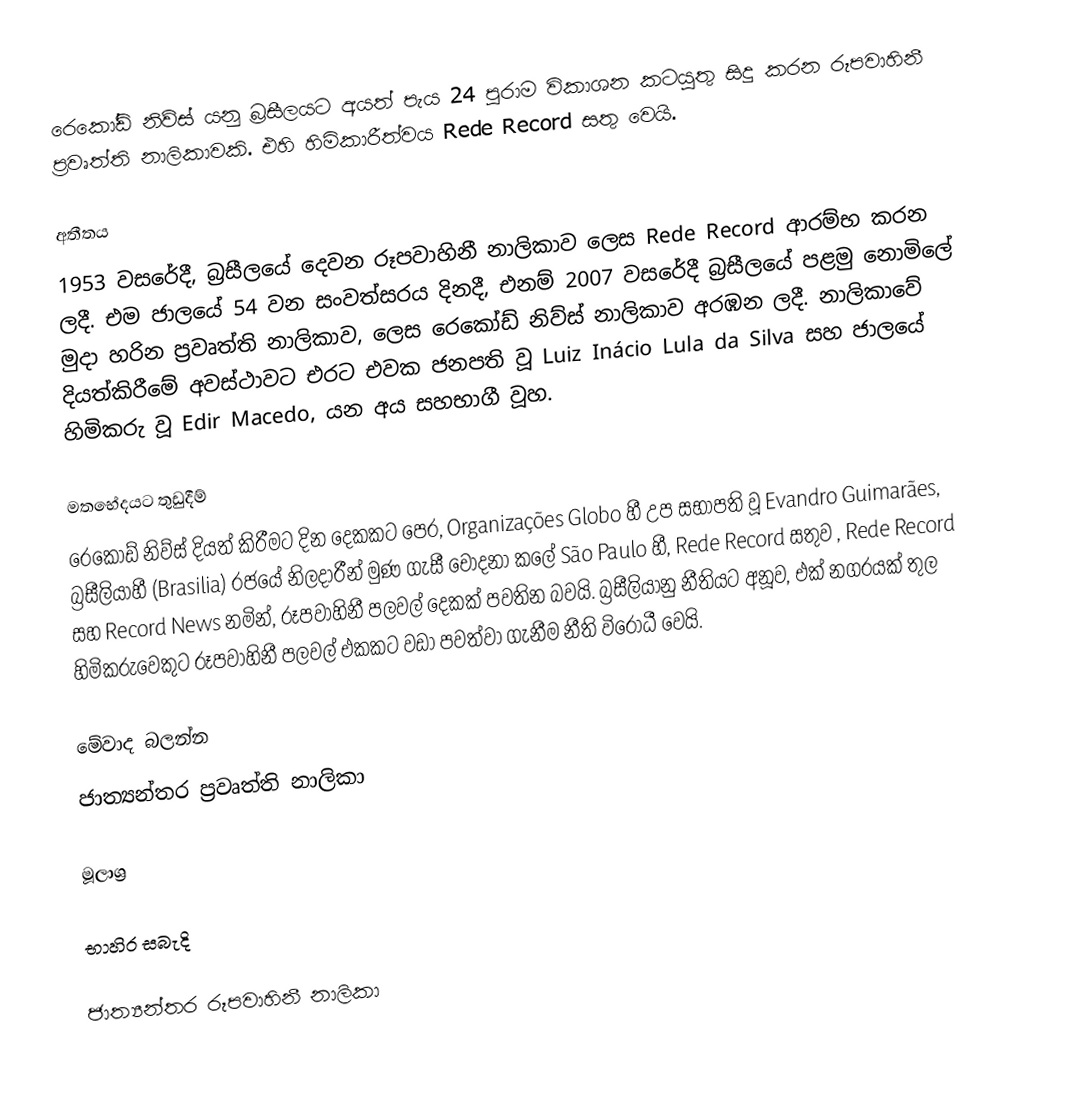
රෙකෝඩ් නිව්ස් යනු බ්‍රසීලයට අයත් පැය 24 පුරාම විකාශන කටයුතු සිදු කරන රූපවාහිනී ප්‍රවෘත්ති නාලිකාවකි. එහි හිමිකාරීත්වය Rede Record සතු වෙයි.

අතීතය
1953 වසරේදී, බ්‍රසීලයේ දෙවන රූපවාහිනී නාලිකාව ලෙස Rede Record ආරම්භ කරන ලදී. එම ජාලයේ 54 වන සංවත්සරය දිනදී, එනම් 2007 වසරේදී බ්‍රසීලයේ පළමු නොමිලේ මුදා හරින ප්‍රවෘත්ති නාලිකාව, ලෙස රෙකෝඩ් නිව්ස් නාලිකාව අරඹන ලදී. නාලිකාවේ දියත්කිරීමේ අවස්ථාවට එරට එවක ජනපති වූ Luiz Inácio Lula da Silva සහ ජාලයේ හිමිකරු වූ Edir Macedo, යන අය සහභාගී වූහ.

මතභේදයට තුඩුදීම්
රෙකෝඩ් නිව්ස් දියත් කිරීමට දින දෙකකට පෙර, Organizações Globo හී උප සභාපති වූ Evandro Guimarães, බ්‍රසීලියාහී (Brasilia) රජයේ නිලදාරීන් මුණ ගැසී චොදනා කලේ São Paulo හී, Rede Record සතුව , Rede Record සහ Record News නමින්, රූපවාහිනී පලවල් දෙකක් පවතින බවයි. බ්‍රසීලියානු නීතියට අනූව, එක් නගරයක් තුල හිමිකරුවෙකුට රූපවාහිනී පලවල් එකකට වඩා පවත්වා ගැනීම නීති විරෝධී වෙයි.

මේවාද බලන්න
 ජාත්‍යන්තර ප්‍රවෘත්ති නාලිකා

මූලාශ්‍ර

භාහිර සබැදි

ජාත්‍යන්තර රූපවාහිනී නාලිකා